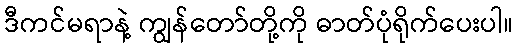
ဒီကင်မရာနဲ့ ကျွန်တော်တို့ကို ဓာတ်ပုံရိုက်ပေးပါ။